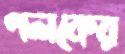
পলকের